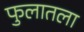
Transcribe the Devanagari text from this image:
फुलातला